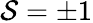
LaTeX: \mathcal{S}=\pm1